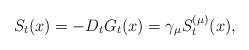
LaTeX: \begin{align*}S_t(x)=-D_tG_t(x)=\gamma_\mu S_t^{(\mu)}(x),\end{align*}